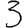
Digit: 3